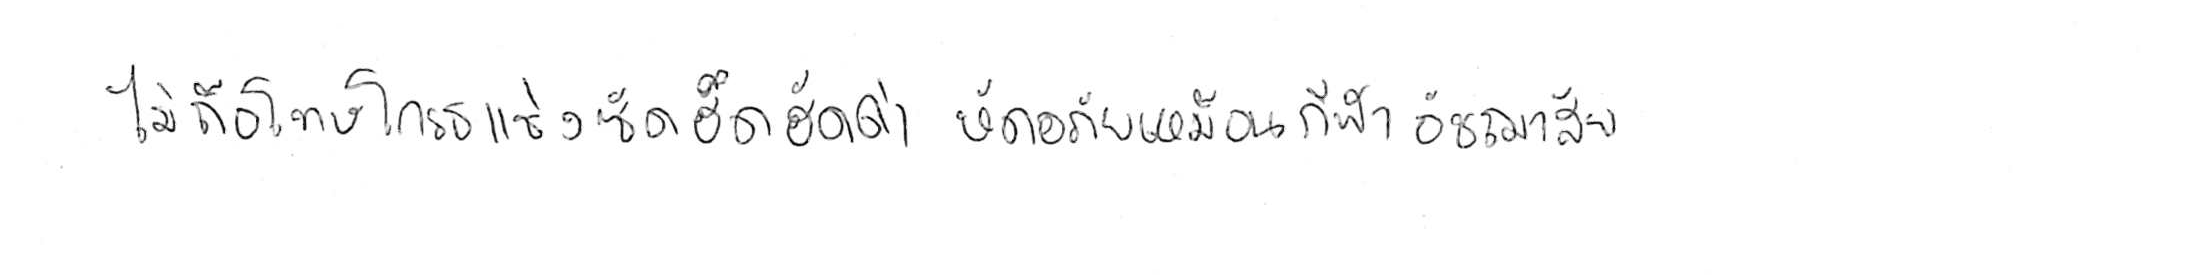
ไม่ถือโทษโกรธแช่งซัดฮึดฮัดด่า หัดอภัยเหมือนกีฬาอัชฌาสัย